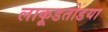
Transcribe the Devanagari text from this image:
लाकूडतोडया